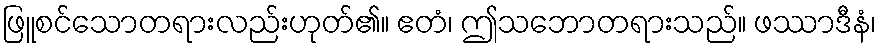
ဖြူစင်သောတရားလည်းဟုတ်၏။ ဧတံ၊ ဤသဘောတရားသည်။ ဖဿာဒီနံ၊